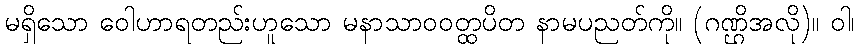
မရှိသော ဝေါဟာရတည်းဟူသော မနာသာဝဝတ္ထပိတ နာမပညတ်ကို။ (ဂဏ္ဌိအလို)။ ဝါ၊